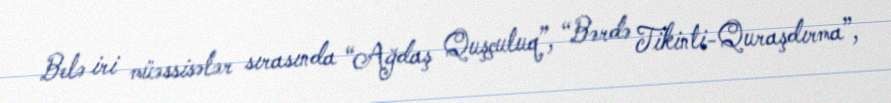
Belə iri müəssisələr sırasında “Ağdaş Quşçuluq”, “Bərdə Tikinti-Quraşdırma”,